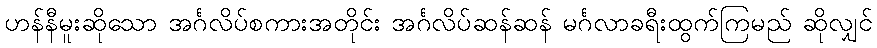
ဟန်နီမူးဆိုသော အင်္ဂလိပ်စကားအတိုင်း အင်္ဂလိပ်ဆန်ဆန် မင်္ဂလာခရီးထွက်ကြမည် ဆိုလျှင်